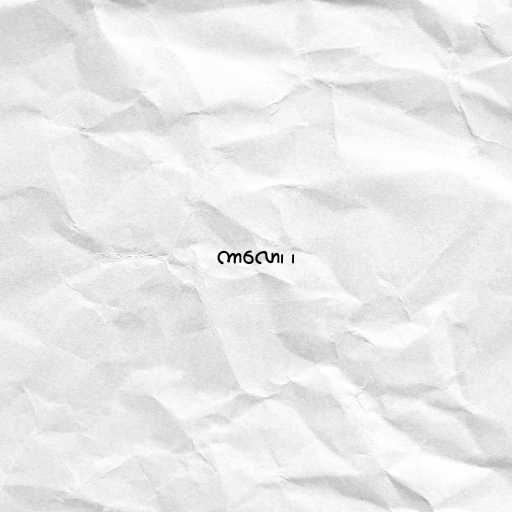
ကာလော၊ ၊